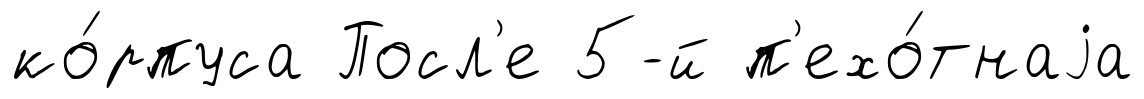
ко́рпуса Посл'е 5-й п'ехо́тнаjа